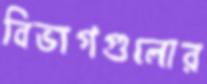
বিভাগগুলোর